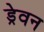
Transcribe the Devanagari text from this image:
ड्रेवन